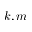
k , m